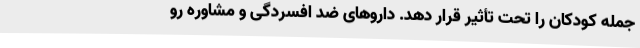
جمله کودکان را تحت تأثیر قرار دهد. داروهای ضد افسردگی و مشاوره رو